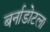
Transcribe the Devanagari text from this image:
बर्नाडोटला